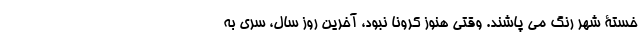
خستۀ شهر رنگ می پاشند. وقتی هنوز کرونا نبود، آخرین روز سال، سری به